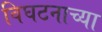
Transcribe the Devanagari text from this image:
विघटनाच्या